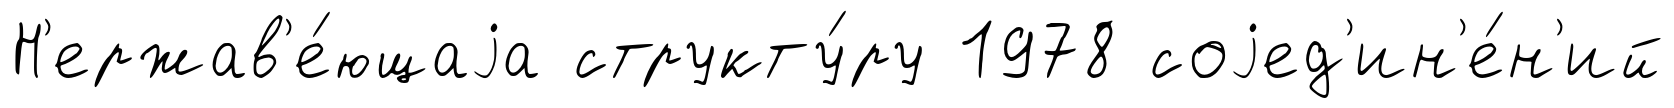
Н'ержав'е́ющаjа структу́ру 1978 соjед'ин'е́н'ий